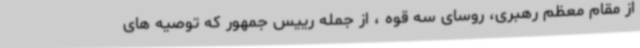
از مقام معظم رهبری، روسای سه قوه ، از جمله رییس جمهور که توصیه های